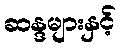
ဆန္ဒများနှင့်